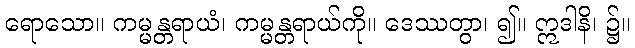
ရောသော။ ကမ္မန္တရာယံ၊ ကမ္မန္တရာယ်ကို။ ဒေဿတွာ၊ ၍။ ဣဒါနိ၊ ၌။